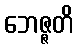
ဘေဇ္ဇတိ